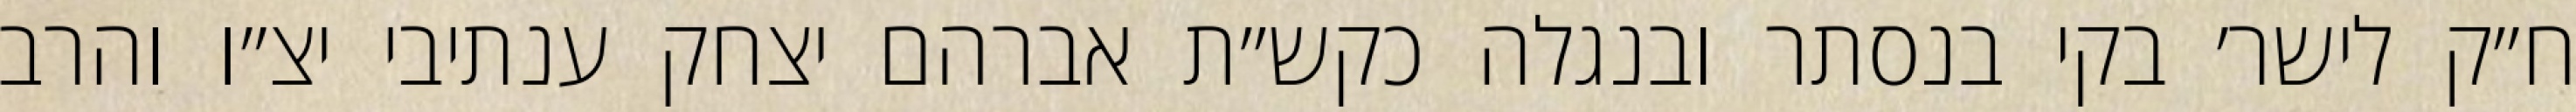
ח״ק לישר׳ בקי בנסתר ובנגלה כקש״ת אברהם יצחק ענתיבי יצ״ו והרב